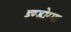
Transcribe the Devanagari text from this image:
इण्डोरमा